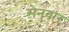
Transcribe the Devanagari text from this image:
सेनुवार